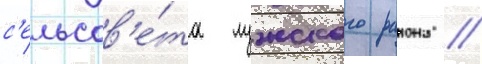
с'ельсов'е́та лужского раиона //